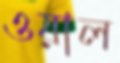
ওয়াল